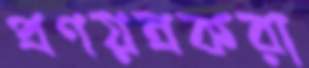
প্রণয়ন্রকরা